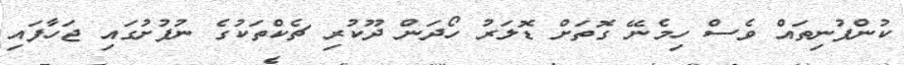
ކުންފުނިތައް ވެސް ހިމެނޭ ގޮތަށް ޑޮލަރު ހޯދަން ދޫކުރި ޗެކްތަކުގެ ނުފުށުގައި ޖަހާފައި